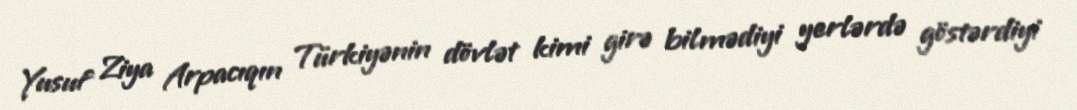
Yusuf Ziya Arpacıqın Türkiyənin dövlət kimi girə bilmədiyi yerlərdə göstərdiyi